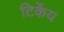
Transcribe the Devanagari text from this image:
टिर्केय